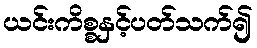
ယင်းကိစ္စနှင့်ပတ်သက်၍